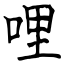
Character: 哩